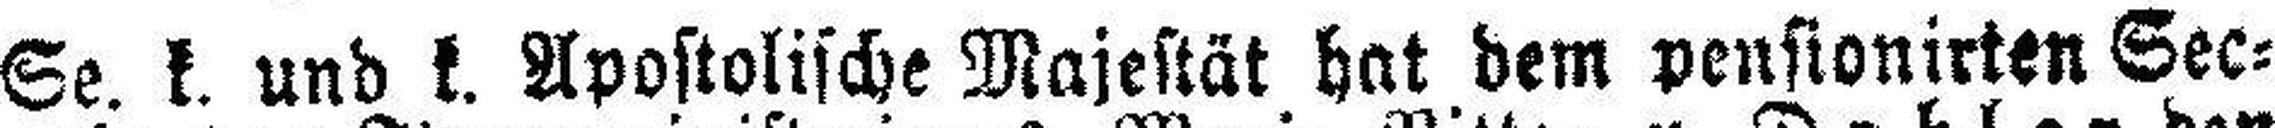
Se. k. und k. Apostolische Majestät hat dem pensionirten Sec¬